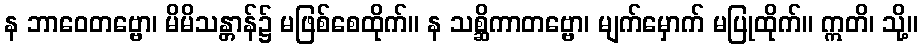
န ဘာဝေတဗ္ဗော၊ မိမိသန္တာန်၌ မဖြစ်စေထိုက်။ န သစ္ဆိကာတဗ္ဗော၊ မျက်မှောက် မပြုထိုက်။ ဣတိ၊ သို့။